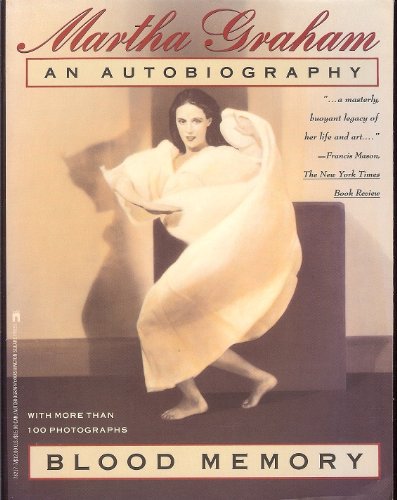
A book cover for Blood Memory:  An Autobiography; Martha Graham; Biographies & Memoirs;